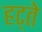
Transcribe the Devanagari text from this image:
हट्ते